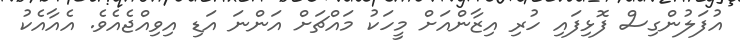
އުފަލުންގިސް ފޮޅިފައި ހުރި އިޒާންއަށް މީހަކު މައްޗަށް އަންނަ އަޑި އިވިއްޖެއެވެ. އެއާއެކު